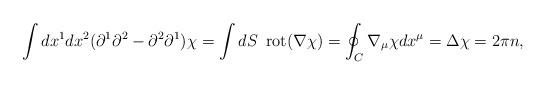
LaTeX: \begin{align*}\int dx^1 dx^2 ( \partial^1 \partial^2 -\partial^2 \partial^1 ) \chi = \int dS \enspace \mbox{rot} (\nabla \chi) = \oint_{C} \nabla_{\mu}\chi dx^{\mu}= \Delta \chi = 2\pi n,\end{align*}